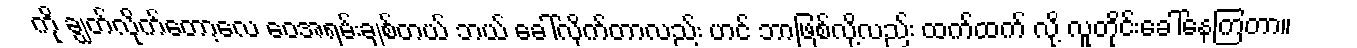
ကို ချွတ်လိုက်တော့လေ ဝေအရမ်းချစ်တယ် ဘယ် ခေါ်လိုက်တာလည်း ဟင် ဘာဖြစ်လို့လည်း ထက်ထက် လို့ လူတိုင်းခေါ်နေကြတာ။